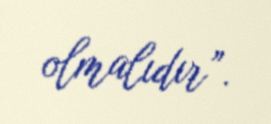
olmalıdır”.